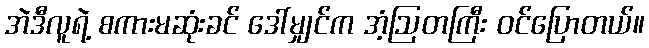
အဲဒီလူရဲ့ စကားမဆုံးခင် ဒေါ်မျှင်က အံ့ဩတကြီး ဝင်ပြောတယ်။